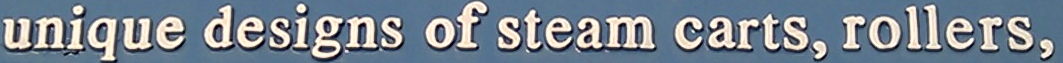
unique designs of steam carts. rollers.